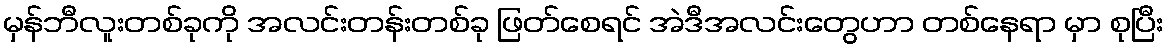
မှန်ဘီလူးတစ်ခုကို အလင်းတန်းတစ်ခု ဖြတ်စေရင် အဲဒီအလင်းတွေဟာ တစ်နေရာ မှာ စုပြီး